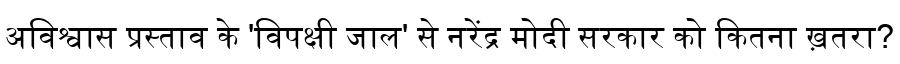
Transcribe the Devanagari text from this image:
अविश्वास प्रस्ताव के 'विपक्षी जाल' से नरेंद्र मोदी सरकार को कितना ख़तरा?